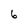
Character: 6